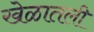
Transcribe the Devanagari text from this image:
खेळातली